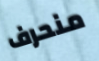
منحرف